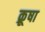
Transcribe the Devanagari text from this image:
क्रूषा